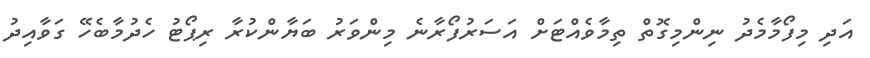
އަދި މިފޯމާމެދު ނިންމިގޮތް ތިމާވެއްޓަށް އަސަރުފޯރާނެ މިންވަރު ބަޔާންކުރާ ރިޕޯޓު ހެދުމާބެހޭ ގަވާއިދު